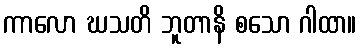
ကာလော ဃသတိ ဘူတာနိ စသော ဂါထာ။